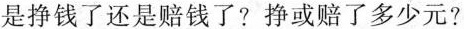
是挣钱了还是赔钱了？挣或赔了多少元?